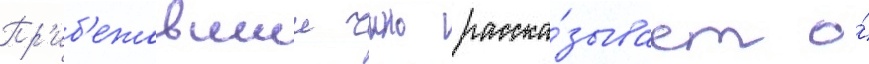
Пр'иб'ежавшии чино расска́зывает о́